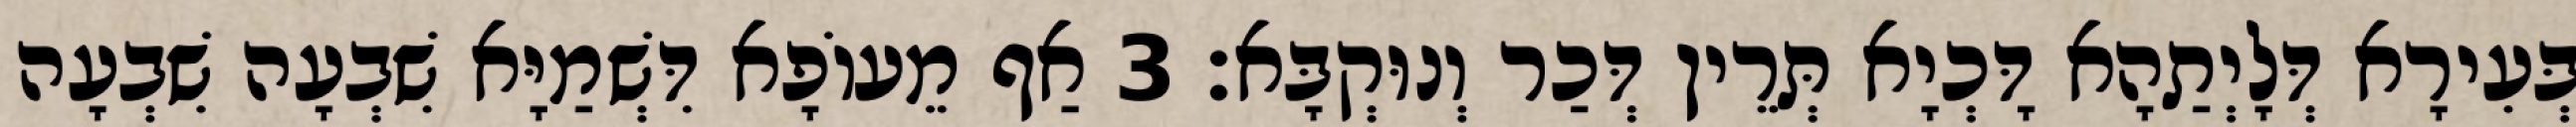
בְּעִירָא דְּלָיְתַהָא דָּכְיָא תְּרֵין דְּכַר וְנוּקְבָּא׃ 3 אַף מֵעוֹפָא דִּשְׁמַיָּא שִׁבְעָה שִׁבְעָה